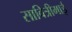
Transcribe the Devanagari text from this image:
सावित्रीमाई